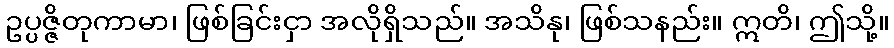
ဥပ္ပဇ္ဇိတုကာမာ၊ ဖြစ်ခြင်းငှာ အလိုရှိသည်။ အသိနု၊ ဖြစ်သနည်း။ ဣတိ၊ ဤသို့။